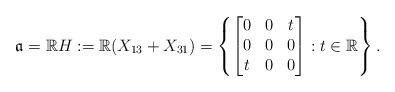
LaTeX: \begin{align*}\frak{a}=\mathbb{R}H:=\mathbb{R}(X_{13}+X_{31})=\left\{\begin{bmatrix}0 & 0 & t \\ 0 & 0 & 0\\ t & 0 & 0\end{bmatrix}: t\in\mathbb{R}\right\}.\end{align*}